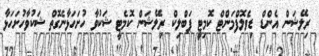
ރިލޭޝަން އެންޑް ޑިވެލޮފްމަންޓް ކޮމިޓީ ޕަބްލިކް ރިލޭޝަން ކޮމެޓީ ޝަކުވާ ހުށަހަޅާނެގޮތް ޝަކުވާހުށަހަޅާ